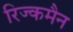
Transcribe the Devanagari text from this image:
रिज्कमैन